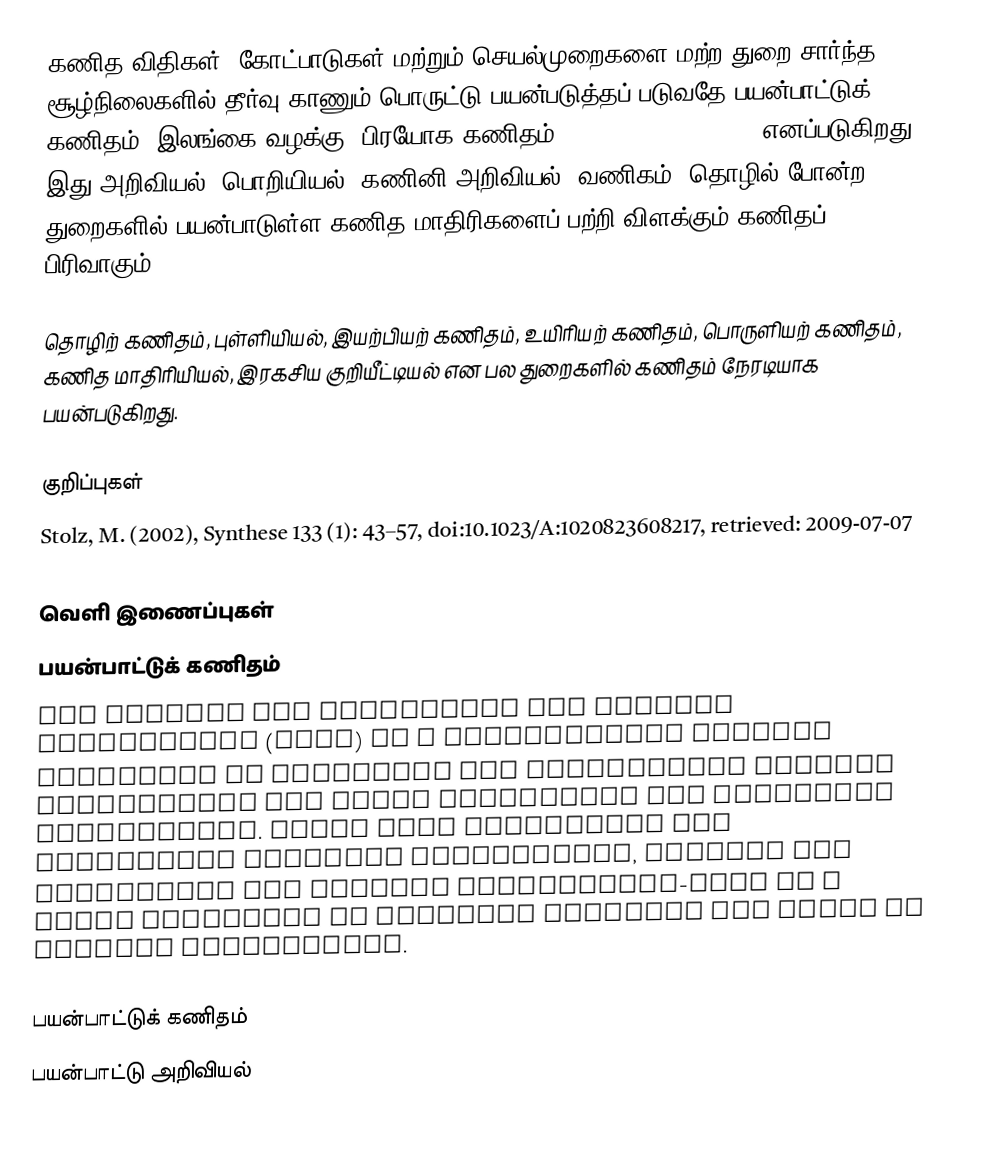
கணித விதிகள், கோட்பாடுகள் மற்றும் செயல்முறைகளை மற்ற துறை சார்ந்த சூழ்நிலைகளில் தீர்வு காணும் பொருட்டு பயன்படுத்தப் படுவதே பயன்பாட்டுக் கணிதம் (இலங்கை வழக்கு: பிரயோக கணிதம்; Applied Mathematics) எனப்படுகிறது. இது அறிவியல், பொறியியல், கணினி அறிவியல், வணிகம், தொழில் போன்ற துறைகளில் பயன்பாடுள்ள கணித மாதிரிகளைப் பற்றி விளக்கும்  கணிதப் பிரிவாகும்.

தொழிற் கணிதம், புள்ளியியல், இயற்பியற் கணிதம், உயிரியற் கணிதம், பொருளியற் கணிதம், கணித மாதிரியியல், இரகசிய குறியீட்டியல் என பல துறைகளில் கணிதம் நேரடியாக பயன்படுகிறது.

குறிப்புகள்
 Stolz, M. (2002), Synthese 133 (1): 43–57, doi:10.1023/A:1020823608217, retrieved: 2009-07-07

வெளி இணைப்புகள்
 பயன்பாட்டுக் கணிதம்
 The Society for Industrial and Applied Mathematics (SIAM) is a professional society dedicated to promoting the interaction between mathematics and other scientific and technical communities. Aside from organizing and sponsoring numerous conferences, Society for Industrial and Applied Mathematics-SIAM is a major publisher of research journals and books in applied mathematics.

பயன்பாட்டுக் கணிதம்
பயன்பாட்டு அறிவியல்